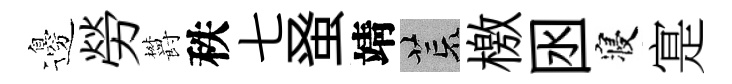
邊勞欝秩七𫊫靖荒檄囦寝寔